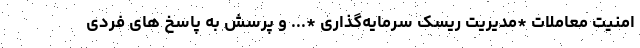
امنیت معاملات *مدیریت ریسک سرمایه‌گذاری *... و پرسش به پاسخ های فردی